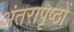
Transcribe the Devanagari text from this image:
अंतरापृष्ठों